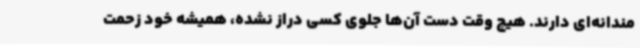
مندانه‌ای دارند. هیچ وقت دست آن‌ها جلوی کسی دراز نشده، همیشه خود زحمت